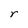
Character: r